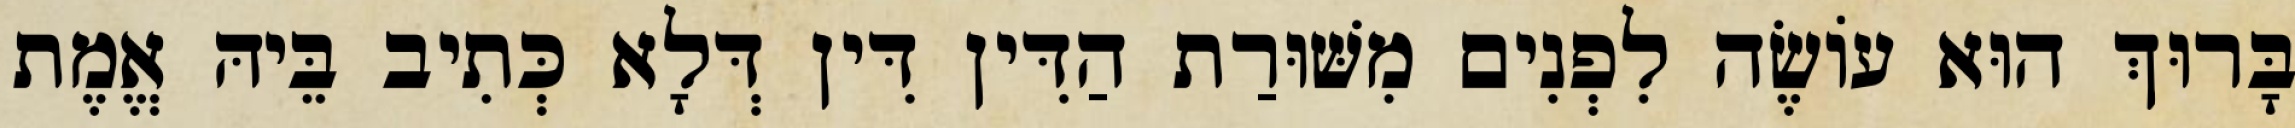
בָּרוּךְ הוּא עוֹשֶׂה לִפְנִים מִשּׁוּרַת הַדִּין דִּין דְּלָא כְּתִיב בֵּיהּ אֱמֶת